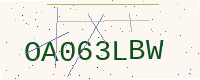
Text: OA063LBW